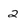
Character: 2